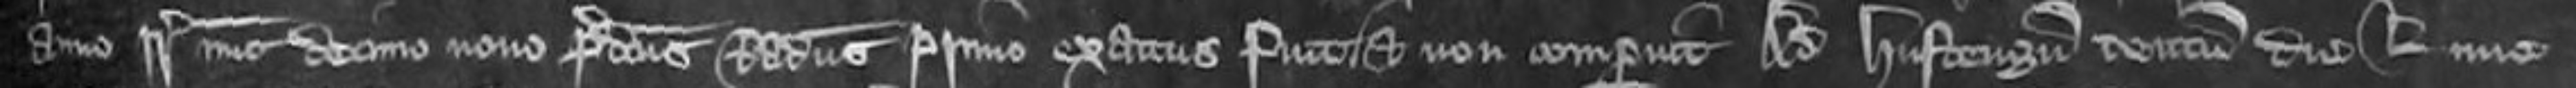
anno regni regis nunc decimo nono predictus Radulphus primo exactus fuit et non comperuit Ad Hustengum centum die Lune